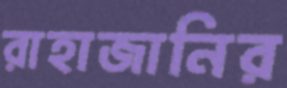
রাহাজানির